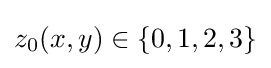
z_{0}(x,y)\in \{0,1,2,3\}